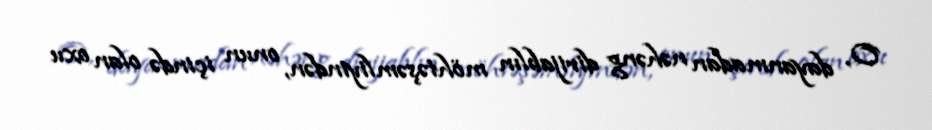
O, dayanmadan nəhəng dirijablın möhtəşəmliyindən, onun içində olan oxu